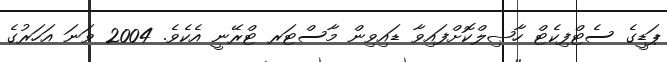
ޕަޑީގެ ސެޓްފިކެޓް ހާޞިލްކޮށްފައިވާ ޑައިވިން މާސްޓަރ ޓްރޭނީ އެކެވެ. 2004 ވަނަ އަހަރުގެ